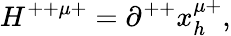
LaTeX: H^{++\mu+}=\partial^{++}x_{h}^{\mu+},